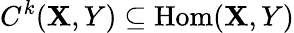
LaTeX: C^{k}(\mathbf{X},Y)\subseteq{\mathrm{{Hom}}}(\mathbf{X},Y)